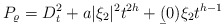
\begin{align*}P_\varrho=D_t^2 +a|\xi_2|^2t^{2h}+\b(0)\xi_2 t^{h-1}\end{align*}